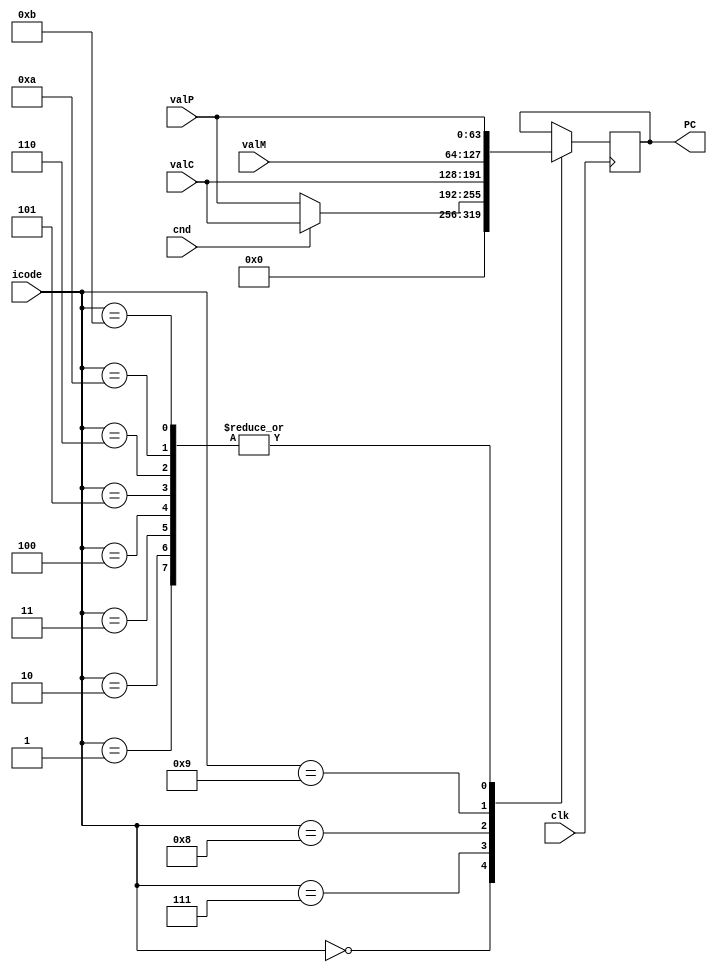
module pc_update(PC, clk, icode, cnd, valC, valM, valP);

    input [3:0] icode;
    input cnd, clk;
    input signed [63:0] valC, valM;
    input [63:0] valP;

    output reg [63:0] PC;

    always@(posedge clk)begin
        case(icode)
            4'h0: PC <= 0;
            4'h1: PC <= valP;
            4'h2: PC <= valP;
            4'h3: PC <= valP;
            4'h4: PC <= valP;
            4'h5: PC <= valP;
            4'h6: PC <= valP;
            4'h7: PC <= cnd ? valC:valP;
            4'h8: PC <= valC;
            4'h9: PC <= valM;
            4'hA: PC <= valP;
            4'hB: PC <= valP;
        endcase
    end

endmodule